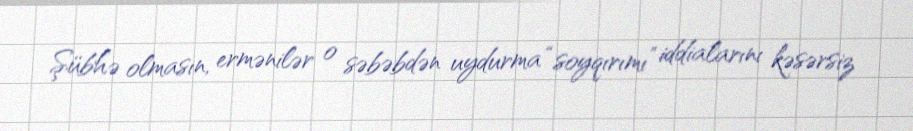
Şübhə olmasın, ermənilər o səbəbdən uydurma “soyqırımı” iddialarını kəsərsiz